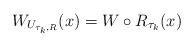
\begin{align*} W_{U_{\tau_k,R}}(x)=W\circ R_{\tau_k}(x)\end{align*}